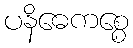
ပနိဓေကစ္စေ